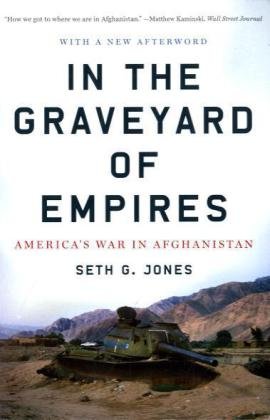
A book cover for In the Graveyard of Empires: America's War in Afghanistan; Seth G. Jones; History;